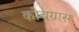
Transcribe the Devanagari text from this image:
कोचग्रास